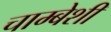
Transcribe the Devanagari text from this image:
चाम्बेशी